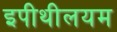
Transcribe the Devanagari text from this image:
इपीथीलयम